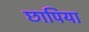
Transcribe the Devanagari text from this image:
छापिया